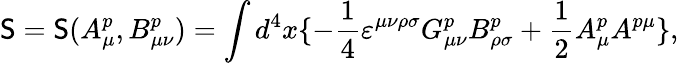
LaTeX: {\cal\mathsf{S}}={\cal\mathsf{S}}(A_{\mu}^{p},B_{\mu\nu}^{p})=\int{d^{4}}x\{ -\frac{{1}}{{4}}{\varepsilon}^{\mu\nu\rho\sigma}G_{\mu\nu}^{p}B_{\rho\sigma}^{p}+\frac{{1}}{{2}}A_{\mu}^{p}A^{p\mu}\} ,